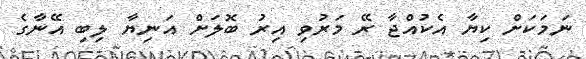
ނަމަކަށް ކިޔާ އެކުއްޖާ ރޭ މަރުވި އިރު ބޮލަށް އަނިޔާ ލިބި އޭނާގެ